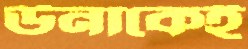
উনাকেই